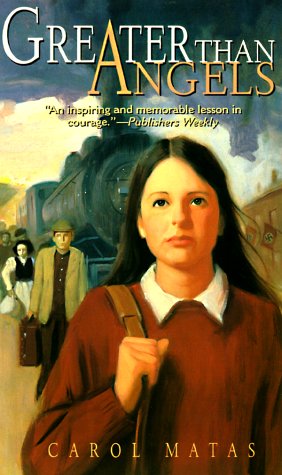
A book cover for Greater Than Angels; Carol Matas; Teen & Young Adult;